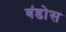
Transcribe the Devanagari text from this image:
बंडोस